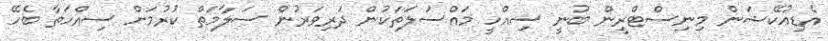
އެޑިއުކޭޝަން މިނިސްޓްރީން ބުނީ ސިއްހީ މައްސަލަތަކުން ދަރިވަރުން ސަލާމަތް ކުރުމަށް ސިއްހަތާ ބެހޭ